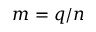
m = q / n